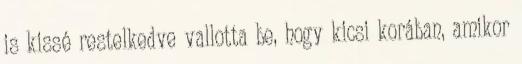
is kissé restelkedve vallotta be, hogy kicsi korában, amikor